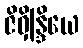
ဇိဝှိန္ဒြိယေ